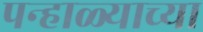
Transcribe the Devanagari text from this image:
पन्हाळ्याच्या